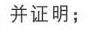
并证明；